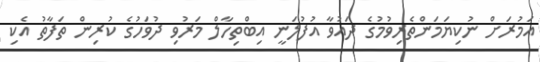
އަމުރަށް ނުކިޔަމަންތެރިވުމުގެ ދައުވާ އުފުލަނީ އިބްތިހާލް މަރުވި ދުވަހުގެ ކުރިން ތަފާތު އެކި